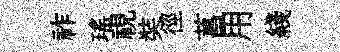
祚瑤視奘徑菖用綫